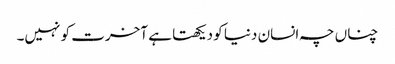
چناں چہ انسان دنیا کو دیکھتا ہے آخرت کو نہیں۔